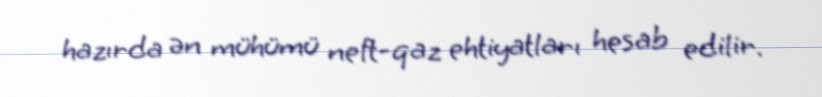
hazırda ən mühümü neft-qaz ehtiyatları hesab edilir.